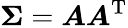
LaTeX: {\boldsymbol{\Sigma}}={\boldsymbol{A}}{\boldsymbol{A}}^{\mathrm{T}}